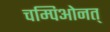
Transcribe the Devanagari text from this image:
चम्पिओनत्